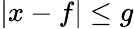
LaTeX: |x-f|\le g